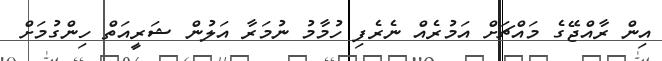
އިން ރާއްޖޭގެ މައްޗަށް އަމުރެއް ނެރެފި ހުމާމު ނުމަރާ އަލުން ޝަރީއަތް ހިންގުމަށް